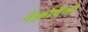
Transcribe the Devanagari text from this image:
नेफ़्रोपैथी